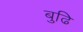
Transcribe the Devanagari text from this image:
बुढि